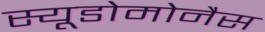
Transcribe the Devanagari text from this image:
स्यूडोमोनैस